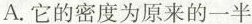
A.它的密度为原来的一半